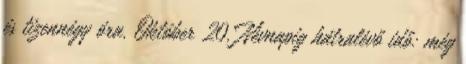
és tizennégy óra. Október 20. Névnapig hátralévő idő: még